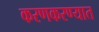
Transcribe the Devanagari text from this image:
करणकरण्यात